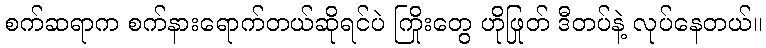
စက်ဆရာက စက်နားရောက်တယ်ဆိုရင်ပဲ ကြိုးတွေ ဟိုဖြုတ် ဒီတပ်နဲ့ လုပ်နေတယ်။